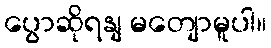
ပွောဆိုရနျ မတျောမူပါ။